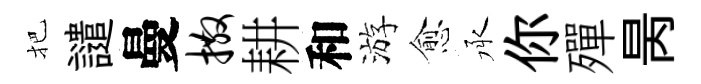
把譴曼撒耕和游愈承你殫昺